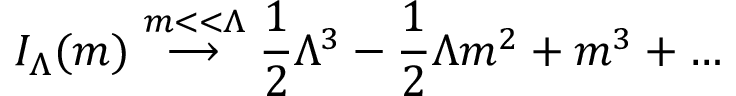
I _ { \Lambda } ( m ) \stackrel { m < < \Lambda } { \longrightarrow } { \frac { 1 } { 2 } } \Lambda ^ { 3 } - { \frac { 1 } { 2 } } \Lambda m ^ { 2 } + m ^ { 3 } + \ldots